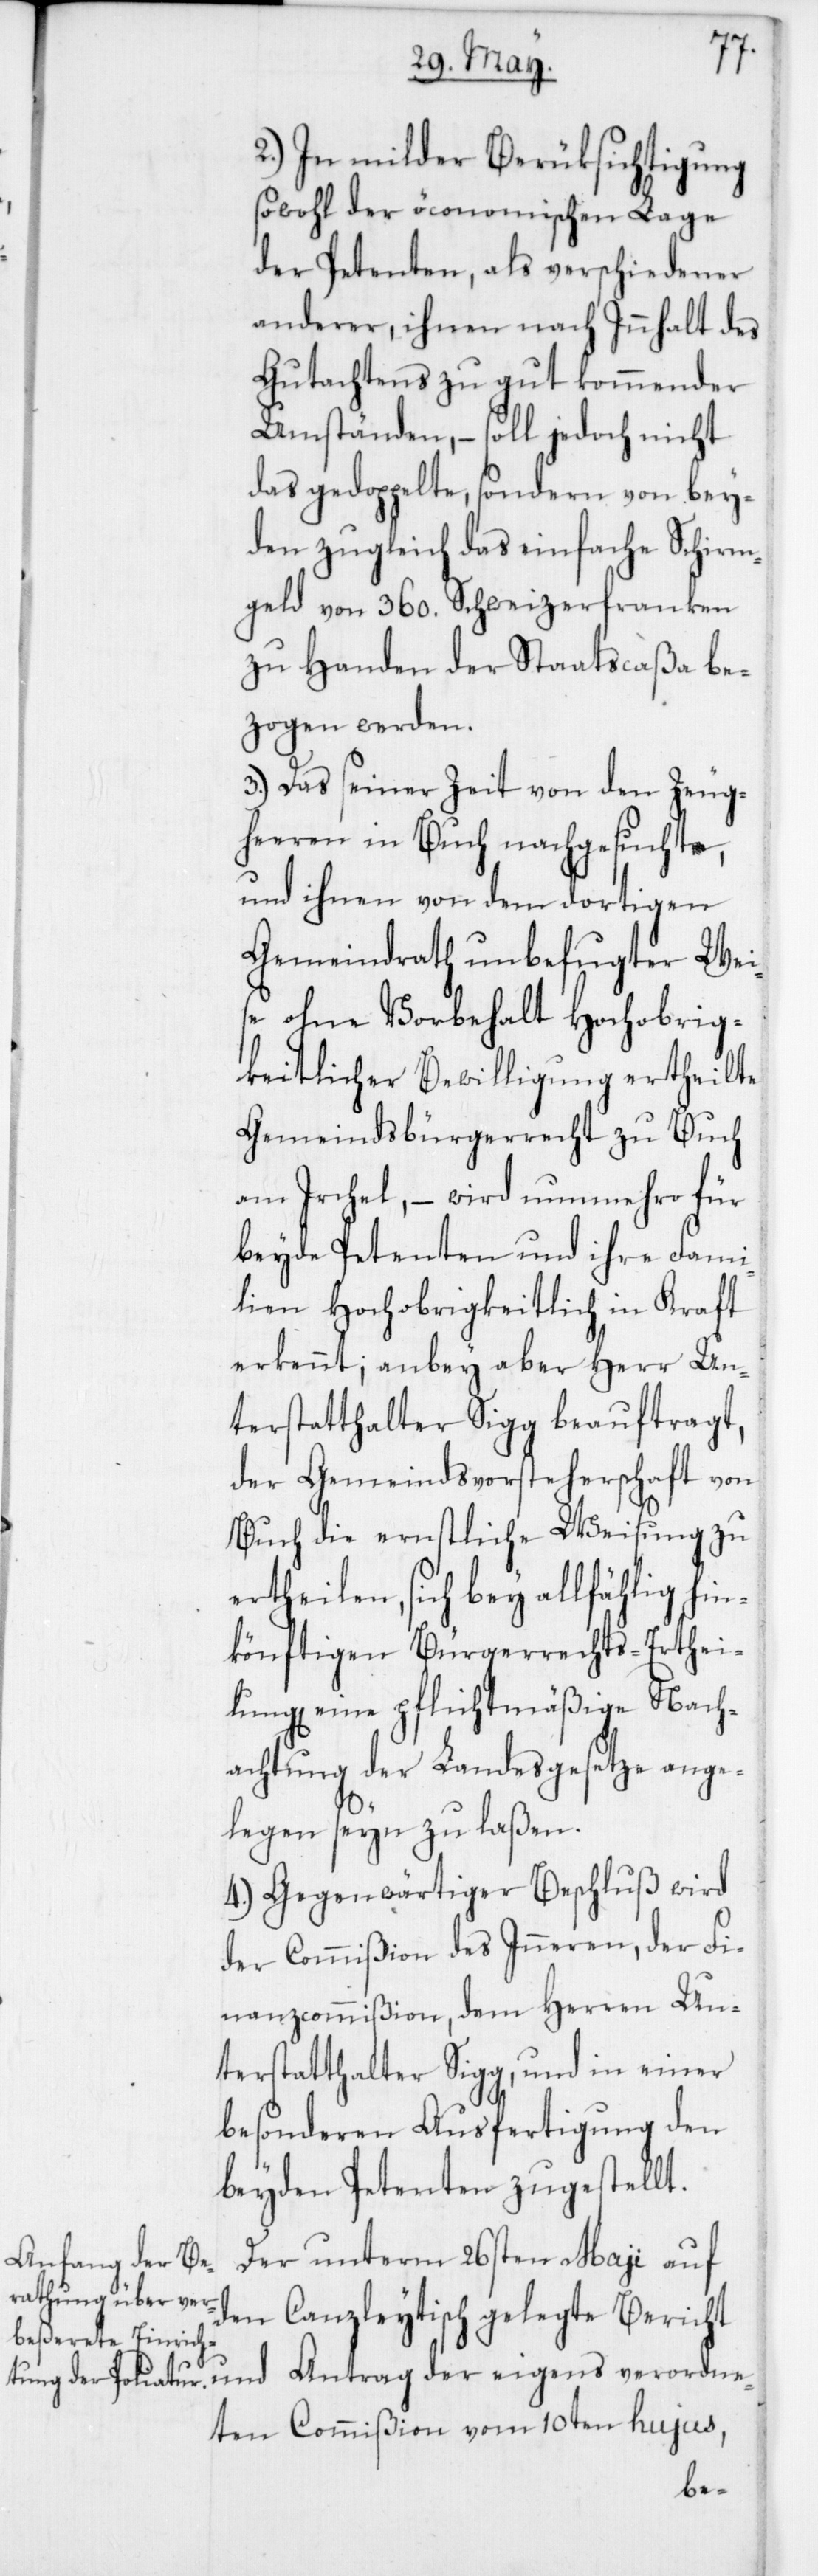
2. In milder Berüksichtigung
sowohl der öconomischen Lage
der Petenten, als verschiedener
anderer, ihnen nach Innhalt des
Gutachtens zugut kommender
Umständen, – soll jedoch nicht
das gedoppelte, sondern von bey¬
den zugleich das einfache Schirm¬
geld von 360. Schweizerfranken
zu Handen der Staatscaßa be¬
eigens verordn¬
3. Das seiner Zeit von den Zeug¬
heeren in Buch nachgesuchte
und ihnen von dem dortigen
Gemeindrath unbefugter Wei¬
se ohne Vorbehalt Hochobrig¬
keitlicher Bewilligung ertheilte
Gemeindsbürgerrecht zu Buch
am Irchel, – wird nunmehro fü¬
r Hochobrigkeitlich in Kraft
erkennt; anbey aber Herr Un¬
terstatthalter Sigg beauftragt,
der Gemeindsvorsteherschaft von
Buch die ernstliche Weisung zu
ertheilen, sich bey allfählig hin¬
könftigen Bürgerrechts-Erthei¬
lungen, eine pflichtmäßige Nach¬
achtung der Landesgesetze ange¬
legen seyn zu laßen.
4. Gegenwärtiger Beschluß wird
der Commißion des Inneren, der Fi¬
nanzcommißion, dem Herren Un¬
terstatthalter Sigg und in einer
besonderen Ausfertigung den
beiden Petenten zugestellt.
Der unterm 26sten Maji auf
den Canzleytisch gelegte Bericht
eten Commißion vom 10ten hujus,